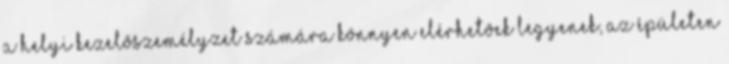
a helyi kezelõszemélyzet számára könnyen elérhetõek legyenek, az épületen